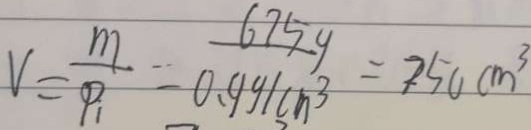
V = \frac { m } { P _ { 1 } } = \frac { 6 7 5 g } { 0 . 9 9 / c m ^ { 3 } } = 2 5 0 c m ^ { 3 }